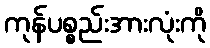
ကုန်ပစ္စည်းအားလုံးကို